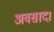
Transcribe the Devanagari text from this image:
अवसाद।